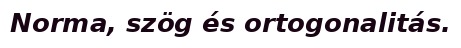
Norma, szög és ortogonalitás.